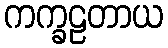
ကက္ခဠတာယ